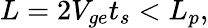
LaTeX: L=2V_{ge}t_{s}<L_{p},